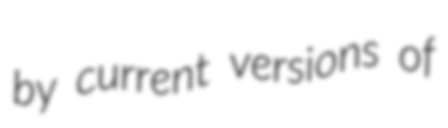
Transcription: by current versions of